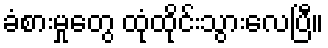
ခံစားမှုတွေ ထုံထိုင်းသွားလေပြီ။